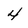
Character: 4